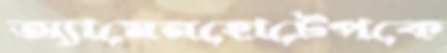
অ্যামেনহোটেপকে